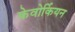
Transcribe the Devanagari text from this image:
केवोर्कियन